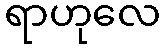
ရာဟုလေ